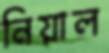
নিয়াল